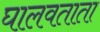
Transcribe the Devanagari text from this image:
घालवताता